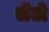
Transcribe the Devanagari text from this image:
लेंटो